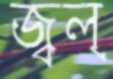
জ্বল্